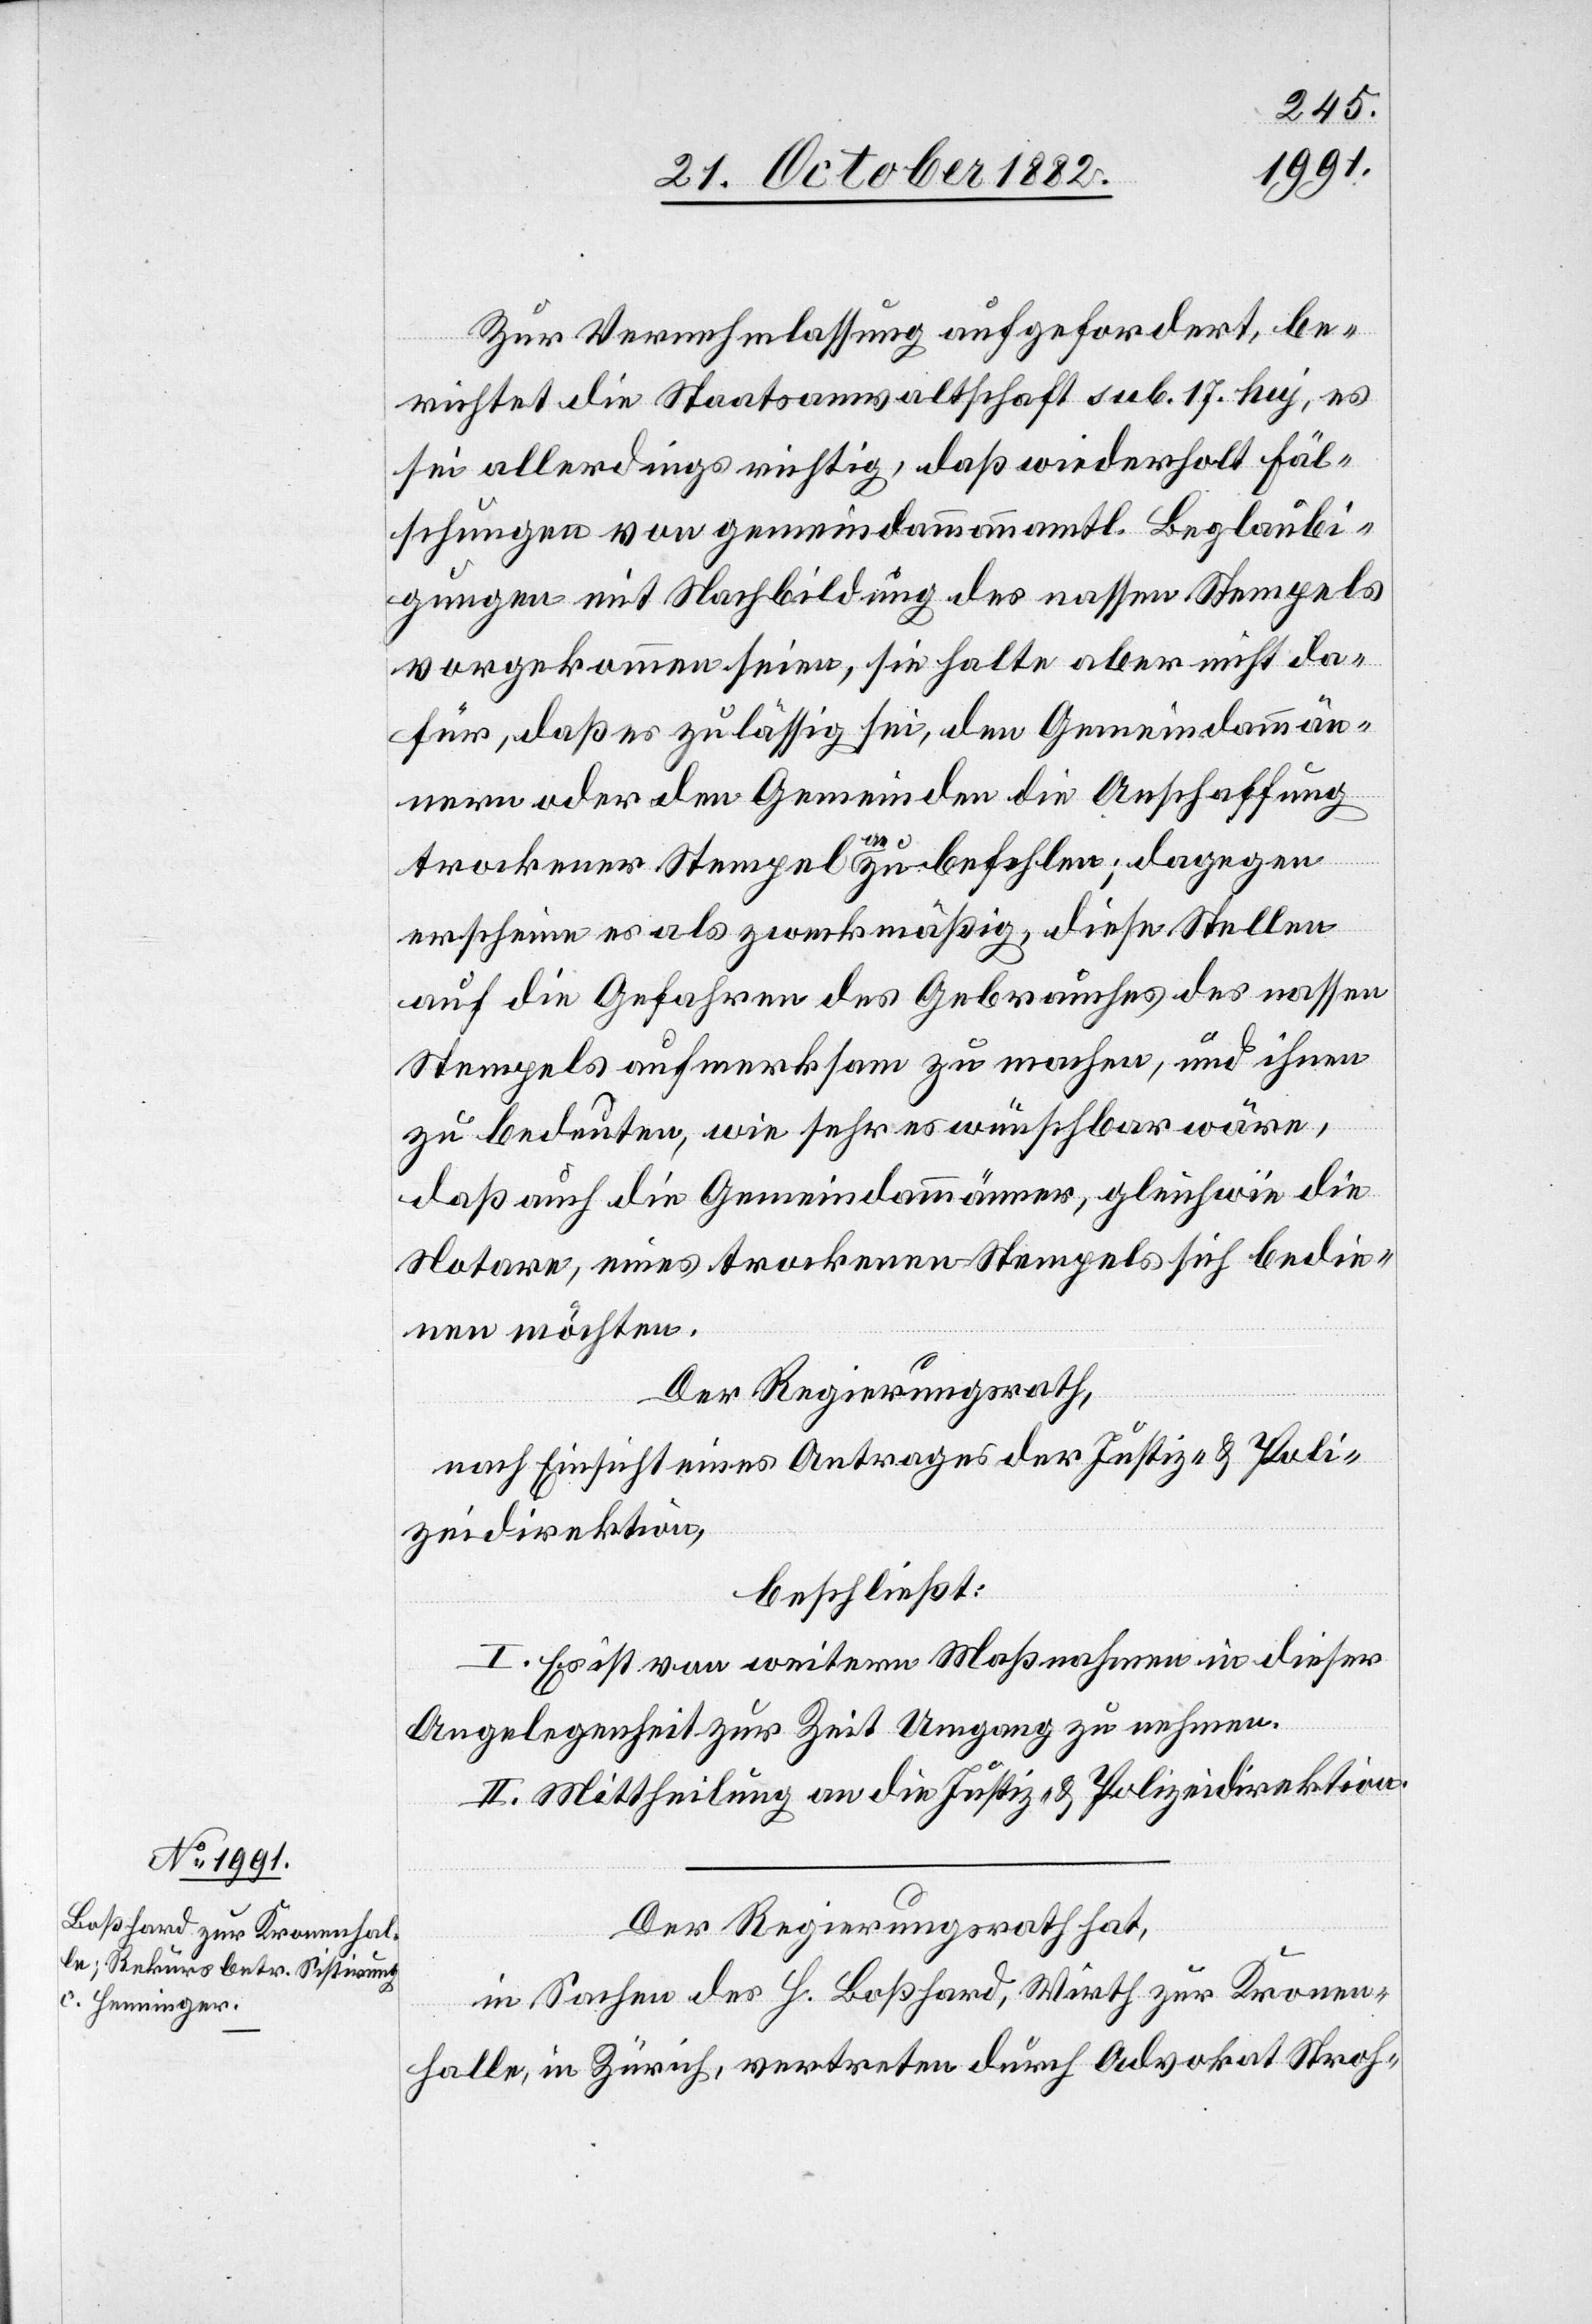
Zur Vernehmlassung aufgefordert, be¬
richtet die Staatsanwaltschaft sub. 17. huj, es
sei allerdings richtig, daß wiederholt Fäl¬
schungen von gemeindammannamtl. Beglaubi¬
gungen mit Nachbildung des nassen Stempels
vorgekommen seien, sie halte aber nicht da¬
für, daß es zulässig sei, den Gemeindammän¬
nern oder den Gemeinden die Anschaffung
trockener Stempel anzubefehlen; dagegen
erscheine es als zweckmäßig, diese Stellen
auf die Gefahren des Gebrauches des nassen
Stempels aufmerksam zu machen, und ihnen
zu bedeuten, wie sehr es wünschbar wäre,
daß auch die Gemeindammänner, gleichwie die
Notare, eines trockenen Stempels sich bedie¬
nen möchten.
Der Regierungsrath,
nach Einsicht eines Antrages der Justiz- & Poli¬
zeidirektion,
beschließt:
I. Es ist von weitern Maßnahmen in dieser
Angelegenheit zur Zeit Umgang zu nehmen.
II. Mittheilung an die Justiz- & Polizeidirektion.
Der Regierungsrath hat,
in Sachen des H. Boßhard, Wirth zur Kronen¬
halle, in Zürich, vertreten durch Advokat Stroh-